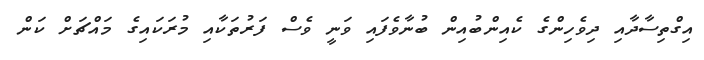
އިގްތިސާދާއި ދިވެހިންގެ ކެއިންބުއިން ބުނާވެފައި ވަނީ ވެސް ފަރުތަކާއި މުރަކައިގެ މައްޗަށް ކަން